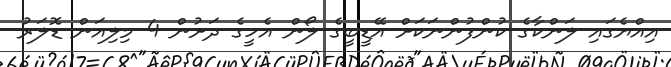
އިއްޔެގައި ލަންކާގެ ކުންފުންނަކަށް އޭޑީބީގެ ލޯން އެހީގެ ދަށުން 4 މިލިއަން ޑޮލަރު